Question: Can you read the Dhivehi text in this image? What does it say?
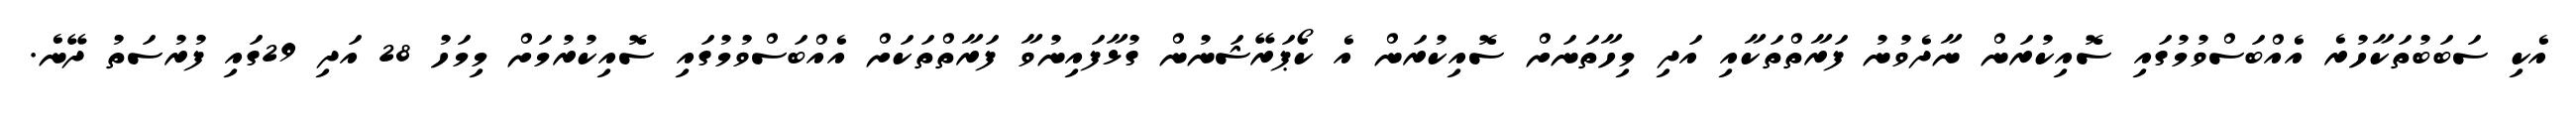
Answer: އެކި ސަބަބުތަކާހުރެ އެއްބަސްވުމުގައި ސޮއިކުރަން ނާދެވުނު ފަރާތްތަކާއި އަދި މިހާތަނަށް ސޮއިކުރަން އެ ކޯޕަރޭޝަނުން ގުޅާފައިނުވާ ފަރާތްތަކަށް އެއްބަސްވުމުގައި ސޮއިކުރުމަށް މިމަހު 28 އަދި 29ގައި ފުރުސަތު ދޭނެ.